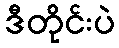
ဒီတိုင်းပဲ